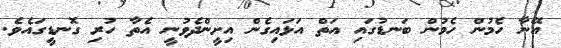
އޭނާ ހެމުން ހެމުން ބަނޑުގައި އަތް އަޅައިގެން އިށީންދެވުނީ އެތާ ހުރި ގޮނޑީގައެވެ.